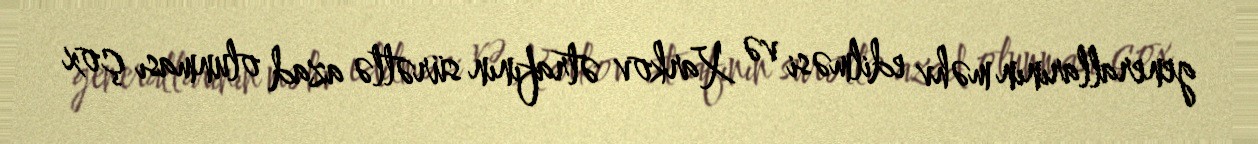
generallarının məhv edilməsi və Xarkov ətrafının sürətlə azad olunması çox